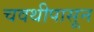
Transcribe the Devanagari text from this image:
चवथीपासून